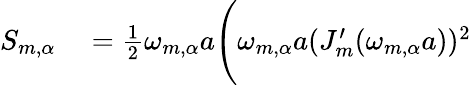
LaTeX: \begin{array}{rl}{S_{m,\alpha}}&{{}=\frac{1}{2}\omega_{m,\alpha}a\Bigg(\omega_{m,\alpha}a(J_{m}^{\prime}(\omega_{m,\alpha}a))^{2}}\end{array}